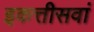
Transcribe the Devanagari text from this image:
इकत्तीसवां